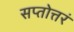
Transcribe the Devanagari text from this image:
सप्तोत्तरं